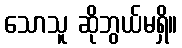
သောသူ ဆိုဘွယ်မရှိ။